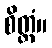
စိတ္တံ။